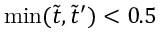
\operatorname* { m i n } ( \tilde { t } , \tilde { t } ^ { \prime } ) < 0 . 5